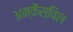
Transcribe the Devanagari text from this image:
अन्कैस्विल